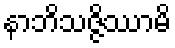
နာဘိသဇ္ဇိဿာမိ